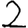
Digit: 2